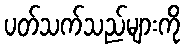
ပတ်သက်သည်များကို